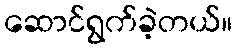
ဆောင်ရွက်ခဲ့တယ်။